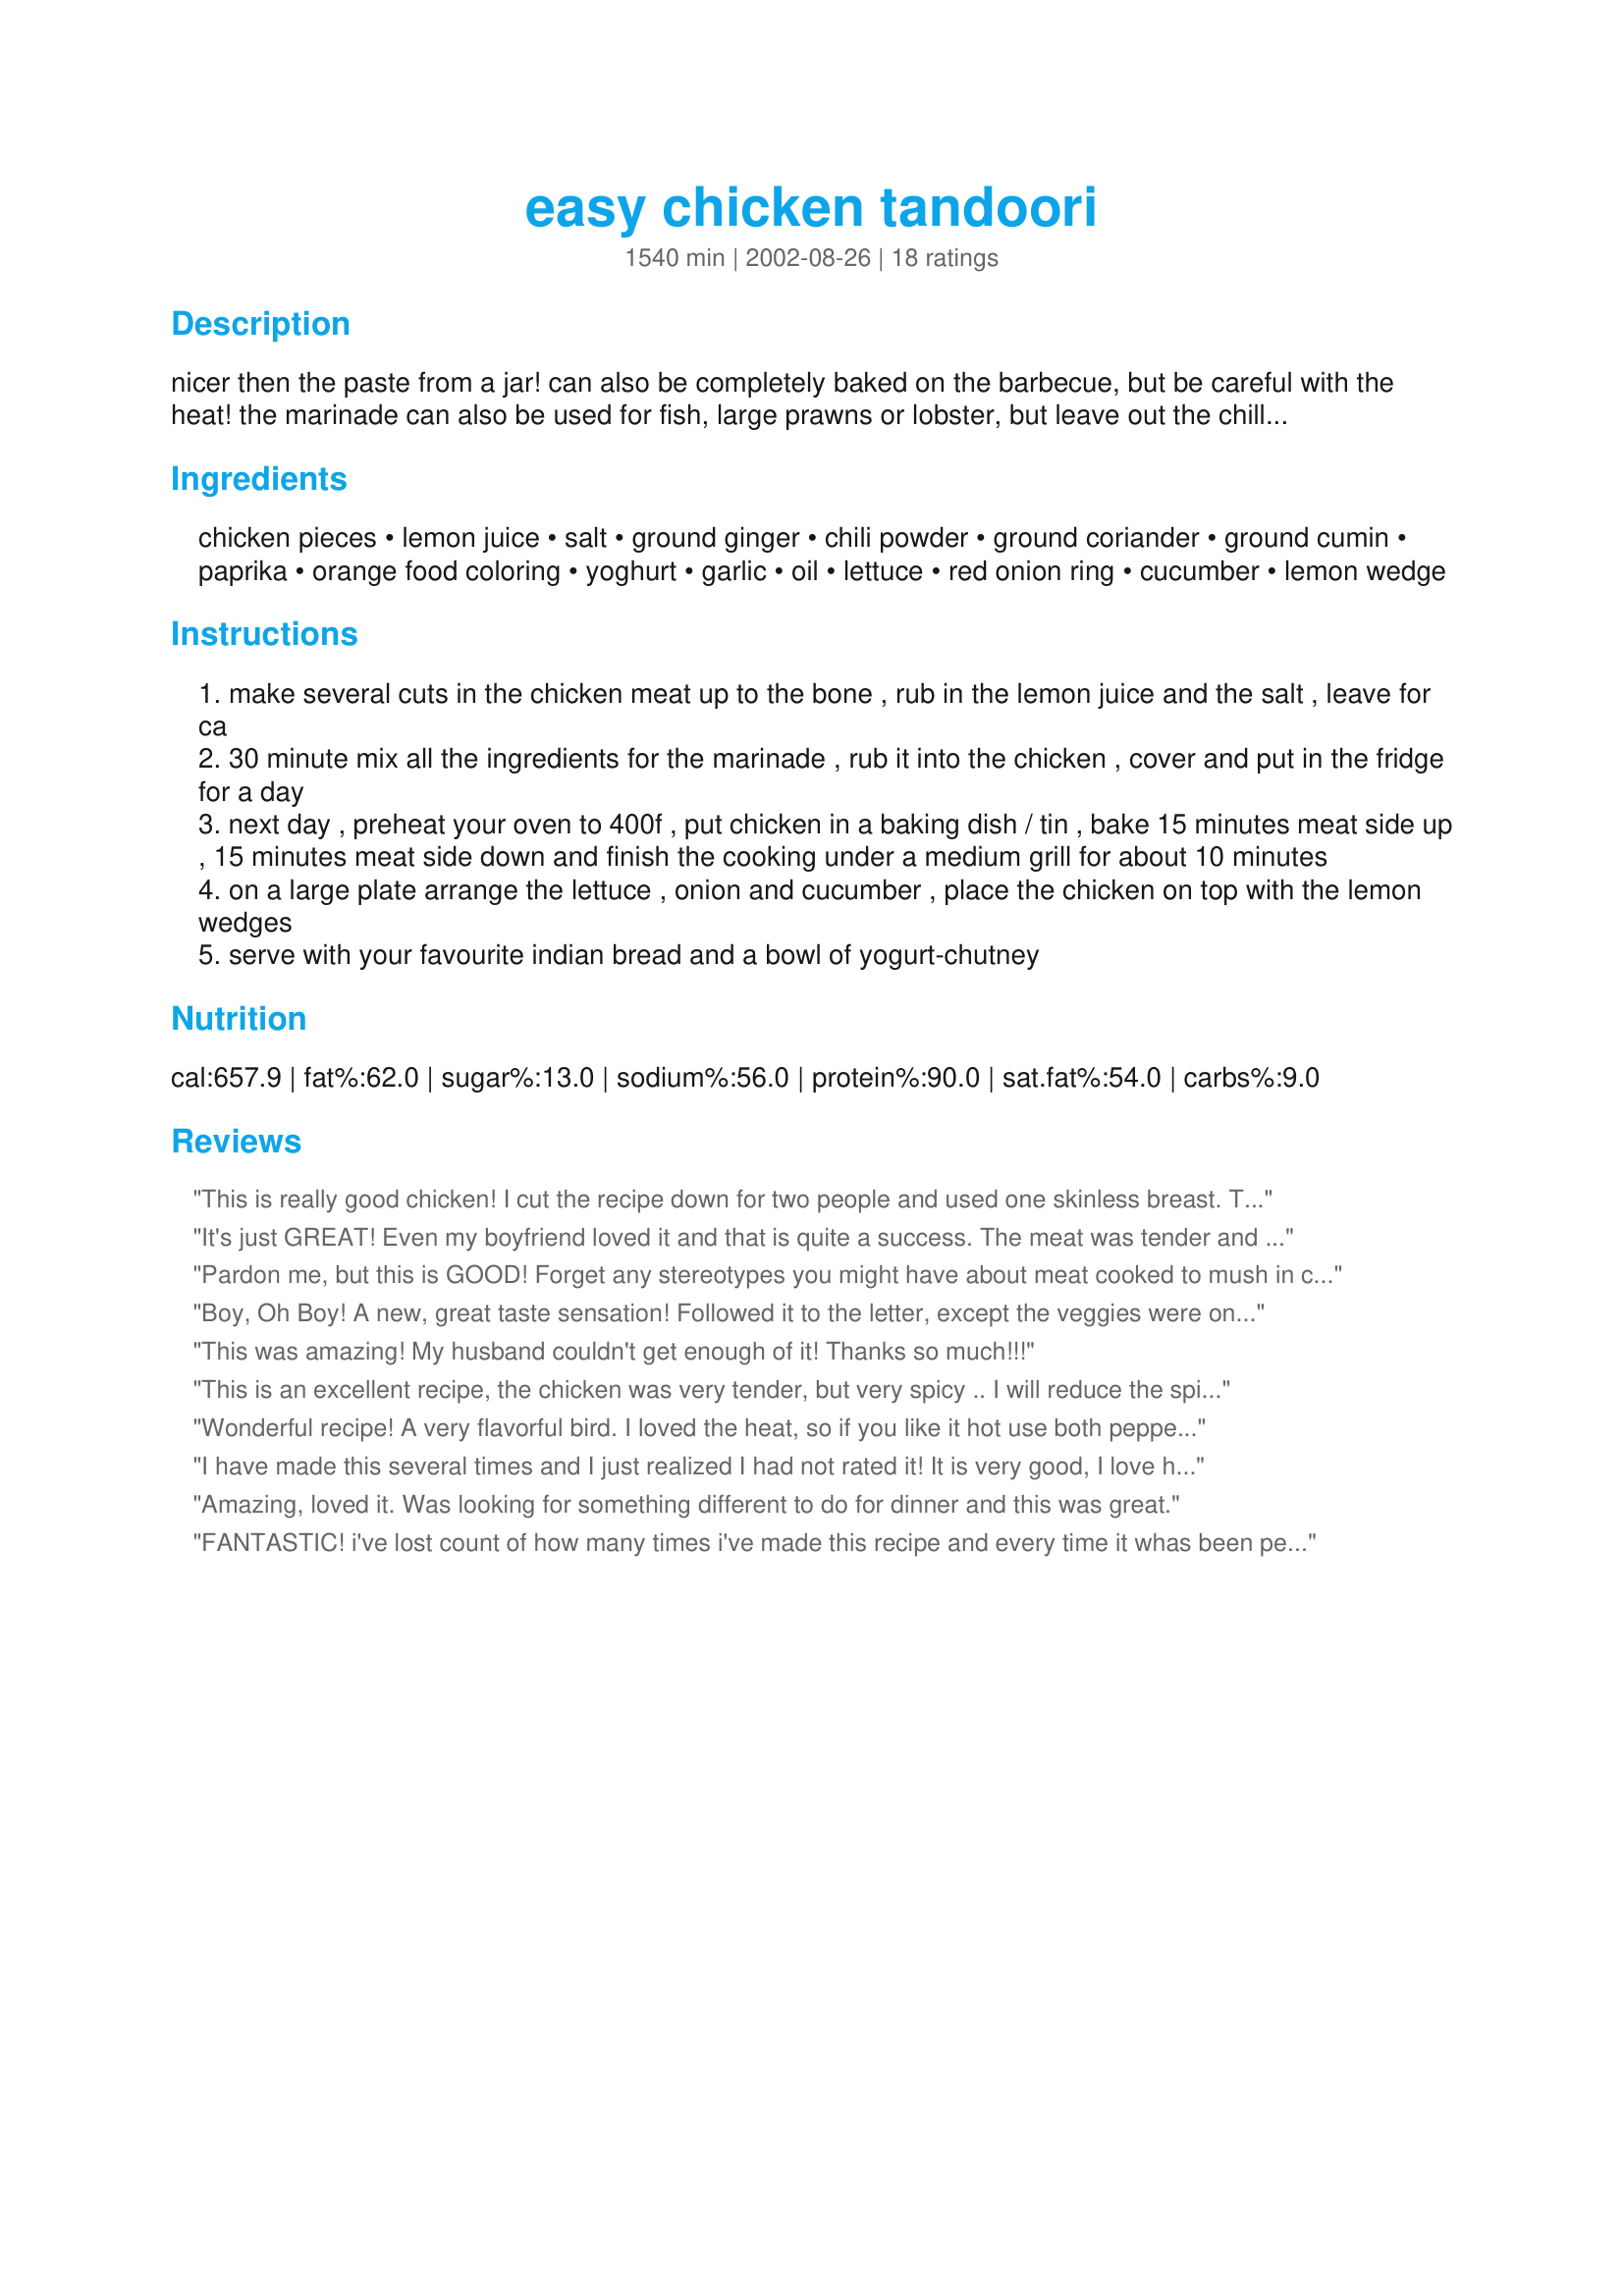
easy chicken tandoori
Preparation time: 1540 minutes

nicer then the paste from a jar! can also be completely baked on the barbecue, but be careful with the heat! the marinade can also be used for fish, large prawns or lobster, but leave out the chilli powder and halve the amount of garlic.

Ingredients:
chicken pieces, lemon juice, salt, ground ginger, chili powder, ground coriander, ground cumin, paprika, orange food coloring, yoghurt, garlic, oil, lettuce, red onion ring, cucumber, lemon wedge

Steps:
make several cuts in the chicken meat up to the bone , rub in the lemon juice and the salt , leave for ca
30 minute mix all the ingredients for the marinade , rub it into the chicken , cover and put in the fridge for a day
next day , preheat your oven to 400f , put chicken in a baking dish / tin , bake 15 minutes meat side up , 15 minutes meat side down and finish the cooking under a medium grill for about 10 minutes
on a large plate arrange the lettuce , onion and cucumber , place the chicken on top with the lemon wedges
serve with your favourite indian bread and a bowl of yogurt-chutney

Reviews:
This is really good chicken! I cut the recipe down for two people and used one skinless breast. The chicken was fall-apart tender and delicious. I left the oil and salt out of the marinade and served with rice and vegetables instead of salad.
It's just GREAT! Even my boyfriend loved it and that is quite a success. The meat was tender and juicy... Absolutly mouthwatring!I used chicken breasts only and grilled them on a skewer in the oven. To do 2 portions instead of 4 I cut down the quantity of meat in half, left everything else as it is and added a teaspoon of mugal garam masala (#49131).
Pardon me, but this is GOOD! Forget any stereotypes you might have about meat cooked to mush in curry powder: this is a solid chunk of seasoned grilled meat with fresh veggies. When the chicken is moved from the baking dish to the grill (we used the broiler) a lot of pan drippings remains, and I couldn't stand to throw it away, so I put it in a skillet and added some cornstarch/water paste to thicken it into delicious golden sauce for the rice. Easy to do and wonderful too!
Boy, Oh Boy! A new, great taste sensation! Followed it to the letter, except the veggies were on the side, in the form of salad. I was a little afraid that my "Family Unit" would not be thrilled, but it went over great. Chicken breasts were very tasty and moist, and the lemon sure is a plus!You cut it and ...use it.
Thank you, Ms. Pets. I look forward to trying a few more of your recipes.
MEP
This was amazing! My husband couldn't get enough of it! Thanks so much!!!
This is an excellent recipe, the chicken was very tender, but very spicy .. I will reduce the spices next time, thanks for a great recipe!
Wonderful recipe! A very flavorful bird. I loved the heat, so if you like it hot use both peppers, if not just tone down on the chilies maybe even seeding them first. This recipe is definately not the same unless you take the time to grill it the last moments of cooking. Worth the effort. I served this with homemade naan and tall glasses of mango juice. There was not a scrap of chicken left after dinner!!
I have made this several times and I just realized I had not rated it! It is very good, I love how easy it is. My family loves tandoori and they all wanted the recipe. Yummy! Oh yeah one of the best things was that my kids like it too!
Amazing, loved it. Was looking for something different to do for dinner and this was great.
FANTASTIC! i've lost count of how many times i've made this recipe and every time it whas been perfect. only change i made was to oven bake it, because we only have a salamander grill. thanks so much!
I cannot believe I forgot to rate this recipe! Mum loved the chicken. I had prepared the whole batch for dinner but took out several pieces for lunch the day before and replaced them with more chicken. Came out fine. Used less garlic. Yummy!
I don't have a grill so I ended up cooking it entirely in the oven. Served it over jasmine rice for tasty results.
wonderfully juicy and tasty, i used skinned chicken quarters, red food colouring and added 2 fresh cayennes peppers.Great recipe; this is a keeper.
Wasn't too spicy for my 11 month old son, and was easy to prepare. 

I only gave it 3 stars because I didn't have time for it to marinate, it may have been better if I did.
My son picked out elephant garlic and so we substituted two of those cloves for the 5 requested and used a cheese grater to add it to the recipe....it went over with rave reviews and went deliciously with old Gumby episodes on UTube:)
The best home made tandoori chicken I have tried! I used two chicken breasts cut into strips and marinaded overnight and spooned any leftover marinade on top of them before baking. So very tender and delicious, I won't change a thing next time! Thank you so much for posting your wonderful recipe.
Sweet.. we loved it.
This recipe is fabulous! The marinade smells out of this world. When I took it out of the fridge, I could smell it through the tight sealed container it was so strong! lol. The chicken was very tender and juicy. The flavors were marvelous!!! I used small boneless breast pieces and some thighs all skinless (i doubled the recipe to have leftovers. This is delicious. I ran out of time so just grabbed a fresh loaf of cuban bread from the market and served it sliced thin with the chicken..and it was perfect! Thanks for the wonderful recipe. I will be making this again!!!
